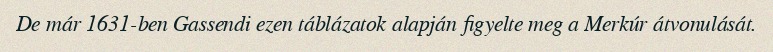
De már 1631-ben Gassendi ezen táblázatok alapján figyelte meg a Merkúr átvonulását.